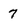
Character: 7